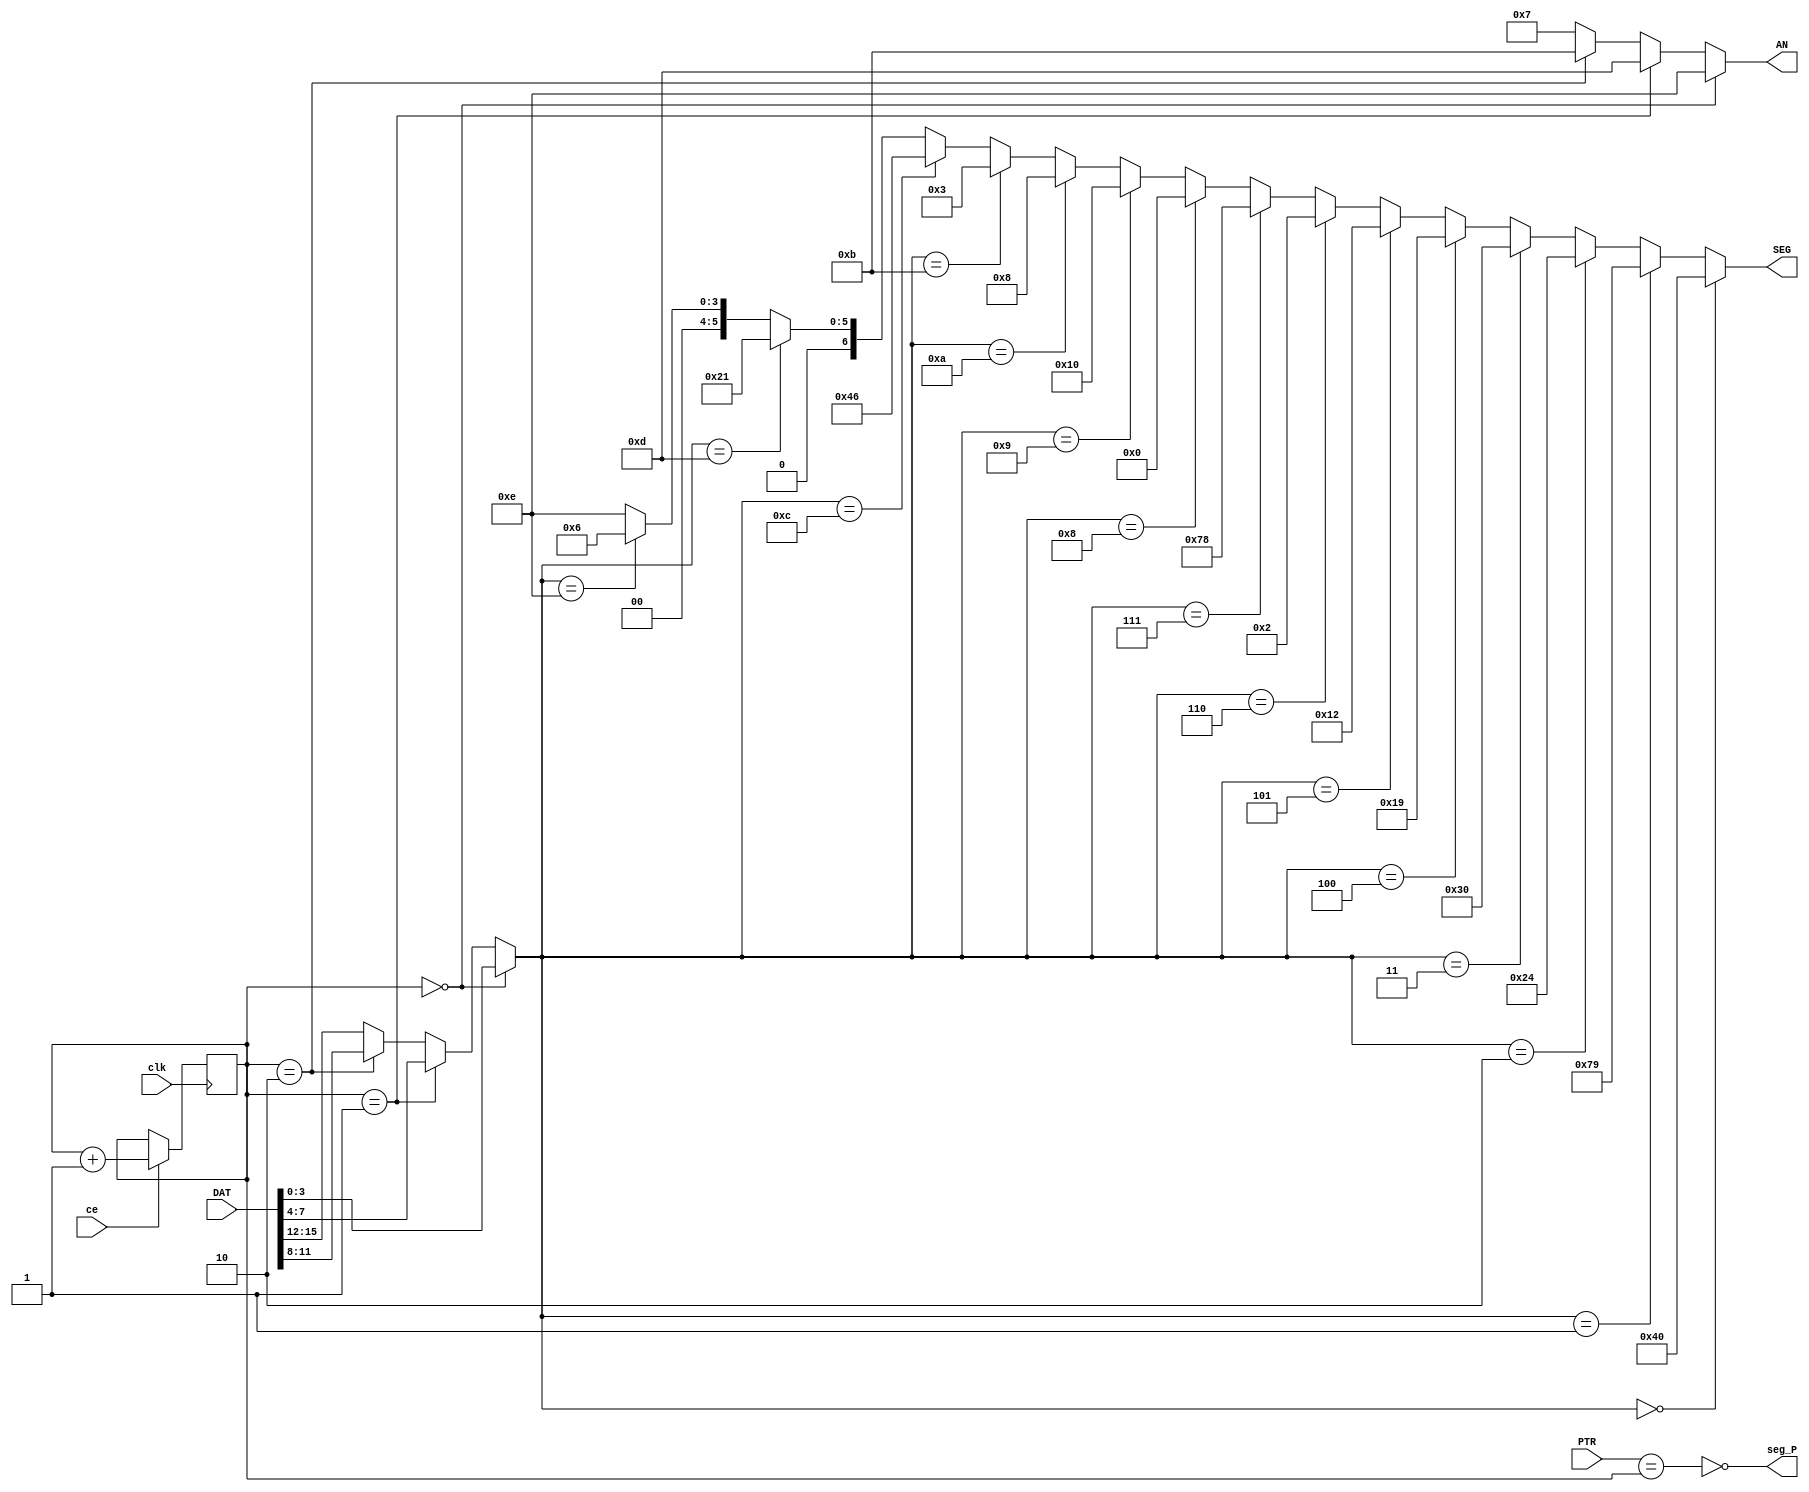
`timescale 1ns / 1ps
//////////////////////////////////////////////////////////////////////////////////
// Company: 
// Engineer: 
// 
// Design Name: 
// Module Name:    Display 
// Project Name: 
// Target Devices: 
// Tool versions: 
// Description: 
//
// Dependencies: 
//
// Revision: 
// Revision 0.01 - File Created
// Additional Comments: 
//
//////////////////////////////////////////////////////////////////////////////////
module Display (
input ce, output wire [3:0] AN, // 
input clk, output wire[6:0] SEG, // ()
input [15:0]DAT, output wire seg_P, //
input [1:0]PTR);
wire [3:0]dig;
// ""
reg [1:0] adr_dig = 0; //   ()
assign AN =(adr_dig==0)? 4'b1110 : //  0 ()
(adr_dig==1)? 4'b1101 : //  1
(adr_dig==2)? 4'b1011 : //  2
4'b0111 ; //  3 ()
always @ (posedge clk) if (ce) begin
adr_dig <= adr_dig+1 ; // 
end
//  
assign dig = (adr_dig==0)? DAT[3:0]: // 
(adr_dig==1)? DAT[7:4]:
(adr_dig==2)? DAT[11:8]:
DAT[15:12];
//     
// gfedcba 
assign SEG = (dig==0)? 7'b1000000 : //0 a
(dig==1)? 7'b1111001 : //1 f b
(dig==2)? 7'b0100100 : //2 g
(dig==3)? 7'b0110000 : //3 e c
(dig==4)? 7'b0011001 : //4 d h
(dig==5)? 7'b0010010 : //5
(dig==6)? 7'b0000010 : //6
(dig==7)? 7'b1111000 : //7
(dig==8)? 7'b0000000 : //8
(dig==9)? 7'b0010000 : //9
(dig==10)? 7'b0001000 : //A
(dig==11)? 7'b0000011 : //b
(dig==12)? 7'b1000110 : //C
(dig==13)? 7'b0100001 : //d
(dig==14)? 7'b0000110 : //E
7'b0001110 ; //F
//  
assign seg_P = !(PTR==adr_dig) ;
endmodule